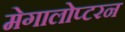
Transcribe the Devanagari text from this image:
मेगालोप्टरन